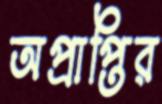
অপ্রাপ্তির